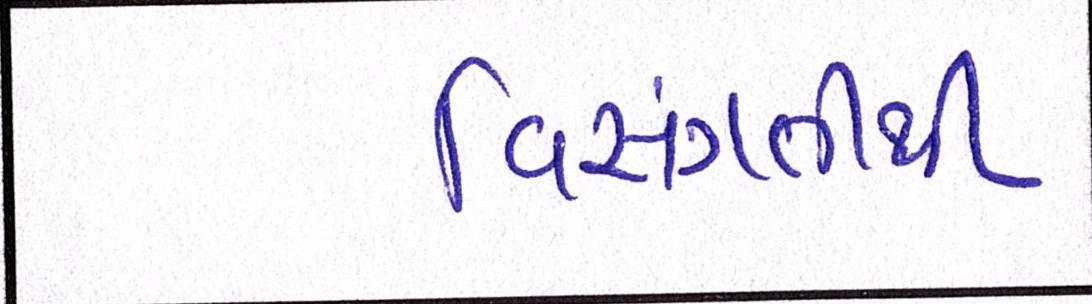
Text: વિસંગતીથી